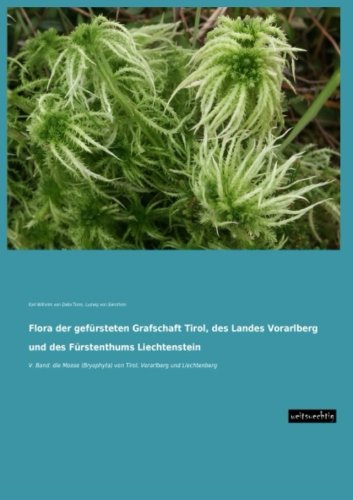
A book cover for Flora der gefuersteten Grafschaft Tirol, des Landes Vorarlberg und des Fuerstenthums Liechtenstein: V. Band: die Moose (Bryophyta) von Tirol, Vorarlberg und Liechtenberg (German Edition); Karl Wilhelm von Dalla Torre; Travel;